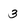
Character: 3